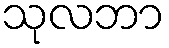
သုလဘာ